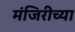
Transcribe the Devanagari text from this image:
मंजिरीच्या